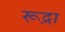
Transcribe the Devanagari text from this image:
रूद्रा